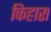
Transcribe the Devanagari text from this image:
किहारा